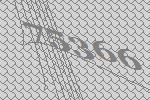
75366